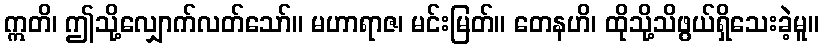
ဣတိ၊ ဤသို့လျှောက်လတ်သော်။ မဟာရာဇ၊ မင်းမြတ်။ တေနဟိ၊ ထိုသို့သိဖွယ်ရှိသေးခဲ့မူ။